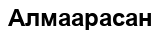
Алмаарасан